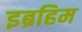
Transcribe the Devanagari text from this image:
इब्रहिम